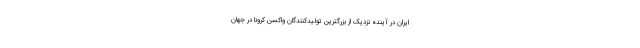
ایران در آینده نزدیک از بزرگترین تولیدکنندگان واکسن کرونا در جهان